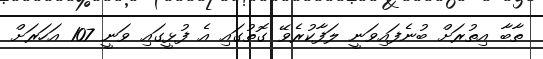
ތާބާ އިތުރަށް ބުނެފައިވަނީ ލަފާކުރެވޭ ގޮތުގައި އެ ފުޅީގައި ވަނީ 107 އަހަރަށް